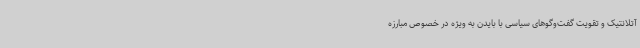
آتلانتیک و تقویت گفت‌وگوهای سیاسی با بایدن به ویژه در خصوص مبارزه